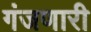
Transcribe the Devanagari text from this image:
गंजणारी